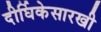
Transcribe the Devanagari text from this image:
दीर्घिकेसारखी